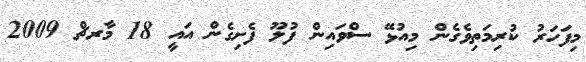
މިފަހަރު ކުރިމަތިވެގެން މިއުޅޭ ސްވައިން ފުލޫ ފެށިގެން އައީ 18 މާރޗް 2009